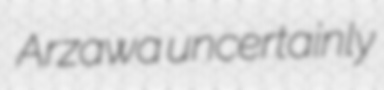
Arzawa uncertainly